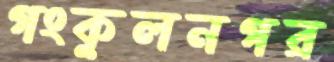
গংকুলনগর